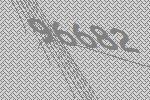
96682